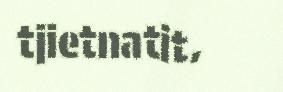
tjietnatit,